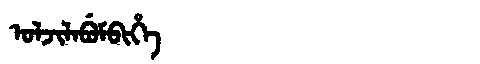
Manchu: ᠣᠯᠵᡳᠯᠠᠪᡠᠮᠪᡳᡥᡝ
Romanization: OLJILABUMBIHE